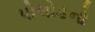
પોલોકનો